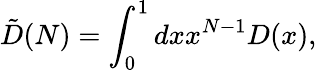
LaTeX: \tilde{D}(N)=\int_{0}^{1}dxx^{N-1}D(x),